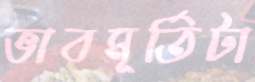
ভাবমূর্তিটা